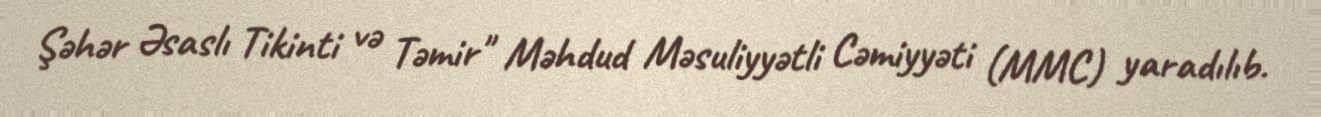
Şəhər Əsaslı Tikinti və Təmir" Məhdud Məsuliyyətli Cəmiyyəti (MMC) yaradılıb.